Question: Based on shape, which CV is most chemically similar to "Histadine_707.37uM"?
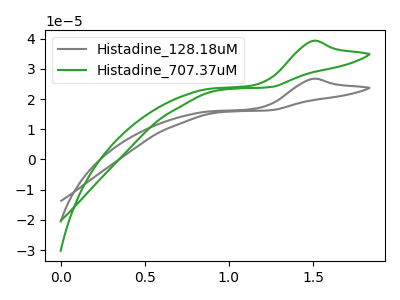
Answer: <think>The gray curve "Histadine_128.18uM" has an anodic peak at: (1.50V, 26.70uA). The green curve "Histadine_707.37uM" has an anodic peak at: (1.50V, 39.25uA).
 All the peaks in "Histadine_128.18uM" have a peak in "Histadine_707.37uM" at the same potential. Every peak in "Histadine_128.18uM" is lower than every peak in "Histadine_707.37uM".</think>
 <answer>The CV with the most similar shape to "Histadine_128.18uM" is "Histadine_707.37uM".</answer>
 <eval>"Histadine_707.37uM"</eval>